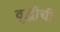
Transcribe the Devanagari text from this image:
वृद्धीची